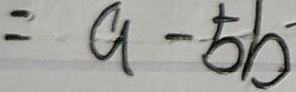
= a - 5 b